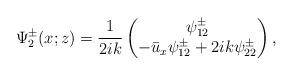
LaTeX: \begin{align*}\Psi^\pm_2(x;z)=\frac{1}{2ik}\begin{pmatrix}\psi^\pm_{12}\\-\bar{u}_x\psi^\pm_{12}+2ik\psi^\pm_{22}\end{pmatrix},\end{align*}